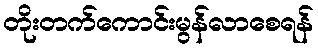
တိုးတက်ကောင်းမွန်လာစေရန်